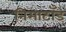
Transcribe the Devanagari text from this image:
निमाटाँड